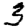
Digit: 3